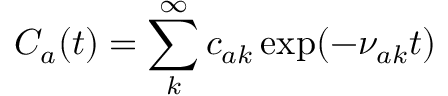
C _ { a } ( t ) = \sum _ { k } ^ { \infty } c _ { a k } \exp ( - \nu _ { a k } t )